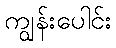
ကျွန်းပေါင်း